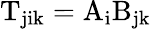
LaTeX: \mathrm{T_{jik}=A_{i}B_{jk}}